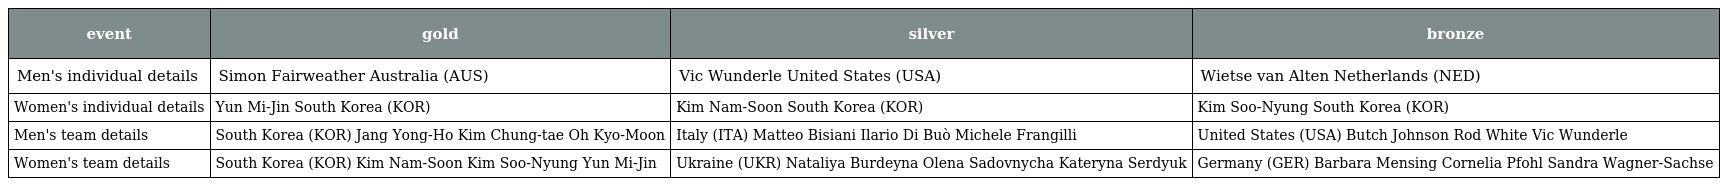
| event | gold | silver | bronze |
 | --- | --- | --- | --- |
 | Men's individual details | Simon Fairweather Australia (AUS) | Vic Wunderle United States (USA) | Wietse van Alten Netherlands (NED) |
 | Women's individual details | Yun Mi-Jin South Korea (KOR) | Kim Nam-Soon South Korea (KOR) | Kim Soo-Nyung South Korea (KOR) |
 | Men's team details | South Korea (KOR) Jang Yong-Ho Kim Chung-tae Oh Kyo-Moon | Italy (ITA) Matteo Bisiani Ilario Di Buò Michele Frangilli | United States (USA) Butch Johnson Rod White Vic Wunderle |
 | Women's team details | South Korea (KOR) Kim Nam-Soon Kim Soo-Nyung Yun Mi-Jin | Ukraine (UKR) Nataliya Burdeyna Olena Sadovnycha Kateryna Serdyuk | Germany (GER) Barbara Mensing Cornelia Pfohl Sandra Wagner-Sachse |